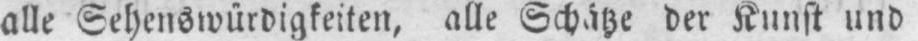
alle Sehenswürdigkeiten, alle Schätze der Kunst und